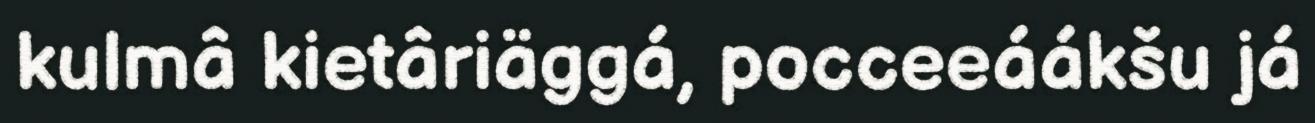
kulmâ kietâriäggá, pocceeáákšu já